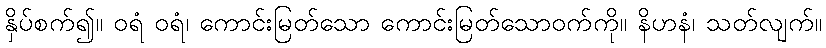
နှိပ်စက်၍။ ဝရံ ဝရံ၊ ကောင်းမြတ်သော ကောင်းမြတ်သောဝက်ကို။ နိဟနံ၊ သတ်လျက်။